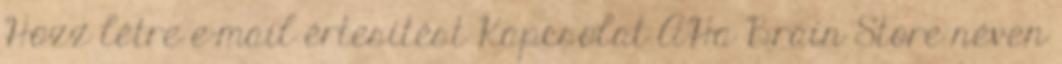
Hozz létre e-mail értesítést Kapcsolat AHa Brain Store néven